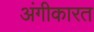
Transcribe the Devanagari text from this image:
अंगीकारत